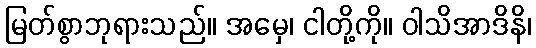
မြတ်စွာဘုရားသည်။ အမှေ၊ ငါတို့ကို။ ဝါသိအာဒိနိ၊